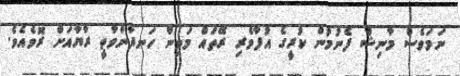
ނަމަވެސް މާނިޝް ފެނުމުން ކުރީގެ އުފާވެރި ރޭތައް މަތިން ހަނދާންވާތީ ރާޔާއަށް ރޮވެއެވެ.